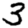
Digit: 3